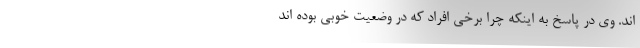
اند. وی در پاسخ به اینکه چرا برخی افراد که در وضعیت خوبی بوده اند